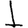
Digit: 1